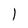
Character: l